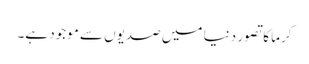
کرما کا تصور دنیا میں صدیوں سے موجود ہے۔